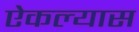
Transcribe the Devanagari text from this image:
ऐकल्यास